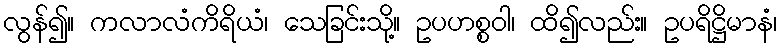
လွန်၍။ ကလာလံကိရိယံ၊ သေခြင်းသို့။ ဥပဟစ္စဝါ၊ ထိ၍လည်း။ ဥပရိဋ္ဌိမာနံ၊